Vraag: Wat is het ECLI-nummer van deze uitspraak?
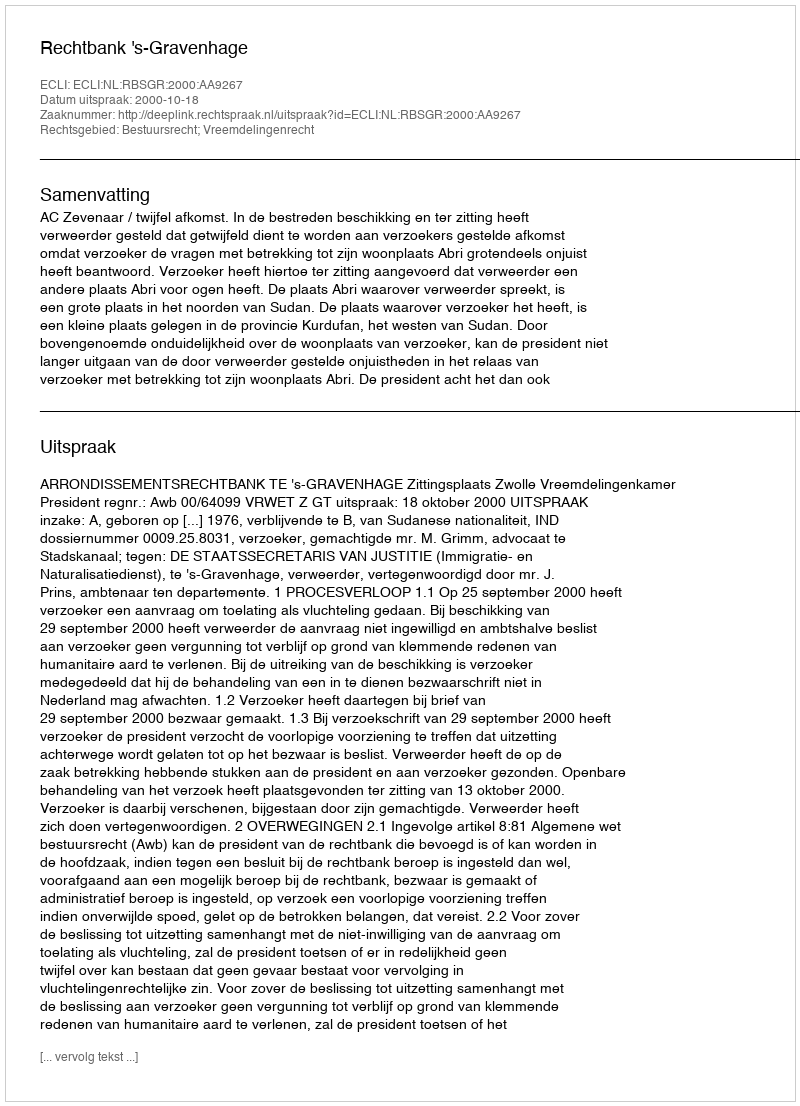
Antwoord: ECLI:NL:RBSGR:2000:AA9267